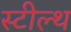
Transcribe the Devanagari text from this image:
स्‍टील्‍थ